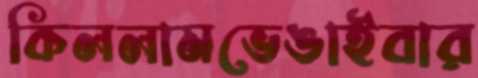
কিললামভেঙাইবার